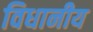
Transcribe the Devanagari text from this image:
विधानीय